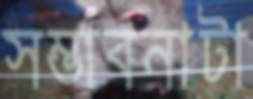
সম্ভাবনাটা